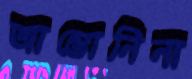
আন্তোনিনা